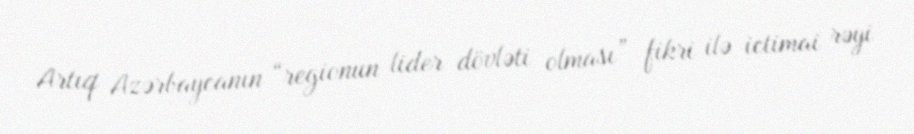
Artıq Azərbaycanın “regionun lider dövləti olması” fikri ilə ictimai rəyi